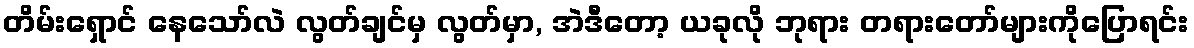
တိမ်းရှောင် နေသော်လဲ လွတ်ချင်မှ လွတ်မှာ, အဲဒီတော့ ယခုလို ဘုရား တရားတော်များကိုပြောရင်း